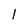
Character: 1